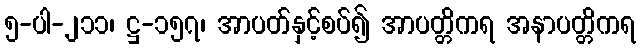
၅-ပါ-၂၁၁၊ ဋ္ဌ-၁၅၇၊ အာပတ်နှင့်စပ်၍ အာပတ္တိကရ အနာပတ္တိကရ